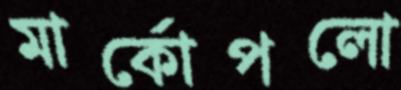
মার্কোপলো